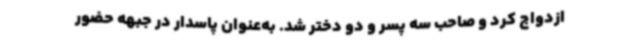
ازدواج کرد و صاحب سه پسر و دو دختر شد. به‌عنوان پاسدار در جبهه حضور